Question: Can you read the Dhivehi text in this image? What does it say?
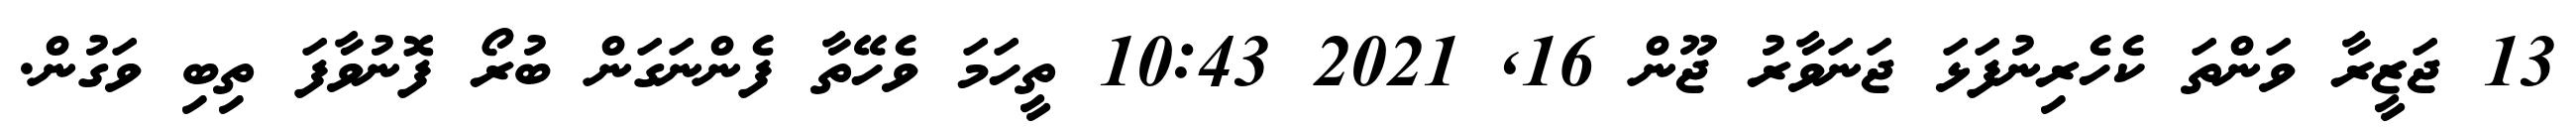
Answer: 13 ޖަޒީރާ ވަންތަ ކެހެރިނުފަޅަ ޖަނަވާރު ޖޫން 16, 2021 10:43 ތީހަމަ ވެހޭތާ ފެންނަގަން ބުރޯ ފޮނުވާފަ ތިބި ވަގުން.